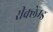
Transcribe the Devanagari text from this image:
रीक्लेम्ड